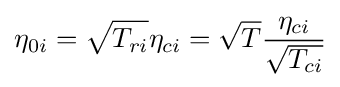
\eta _{0i}={\sqrt {T_{ri}}}\eta _{ci}={\sqrt {T}}{\frac {\eta _{ci}}{\sqrt {T_{ci}}}}